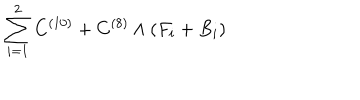
\sum _ { i = 1 } ^ { 2 } C ^ { ( 1 0 ) } + C ^ { ( 8 ) } \wedge ( F _ { i } + B _ { i } )